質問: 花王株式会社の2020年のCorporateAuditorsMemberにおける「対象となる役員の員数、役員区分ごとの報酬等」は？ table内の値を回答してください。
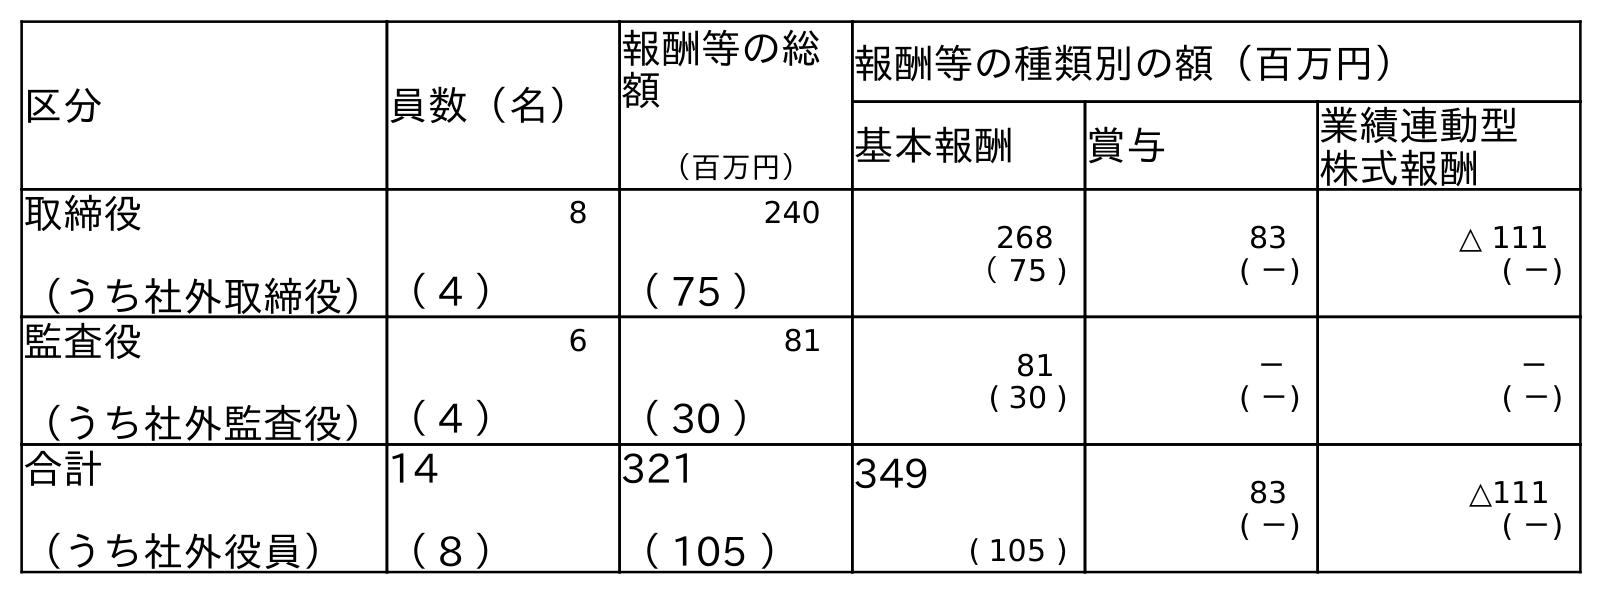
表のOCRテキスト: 区分 員数（名） 報酬等の総 額 （百万円） 報酬等の種類別の額（百万円） 基本報酬 賞与 業績連動型 株式報酬 取締役 （うち社外取締役） 8 （ 4 ） 240 （ 75 ） 268 （ 75 ) 83 ( －) △ 111 ( －) 監査役 （うち社外監査役） 6 （ 4 ） 81 （ 30 ） 81 ( 30 ) － ( －) － ( －) 合計 （うち社外役員） 14 （ 8 ） 321 （ 105 ） 349 ( 105 ) 83 ( －) △111 ( －)
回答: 6（4）